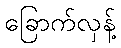
ခြောက်လှန့်